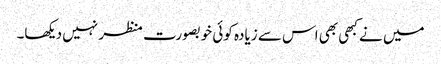
میں نے کبھی بھی اس سے زیادہ کوئی خوبصورت منظر نہیں دیکھا۔